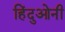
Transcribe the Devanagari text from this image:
हिंदुओनी